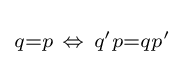
\scriptstyle {q=p\ \Leftrightarrow \ q'p=qp'\,}\!